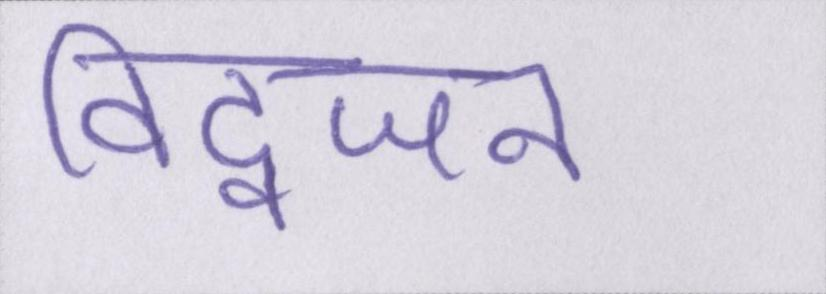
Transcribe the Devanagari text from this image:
विद्वजन